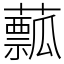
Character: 䕯